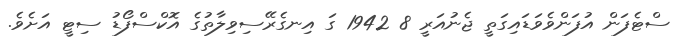
ސްޓެފަން އުފަންވެވަޑައިގަތީ ޖެނުއަރީ 8 1942 ގަ އިނގެރޭސިވިލާތުގެ އޮކްސްފޯޑު ސިޓީ އަށެވެ.